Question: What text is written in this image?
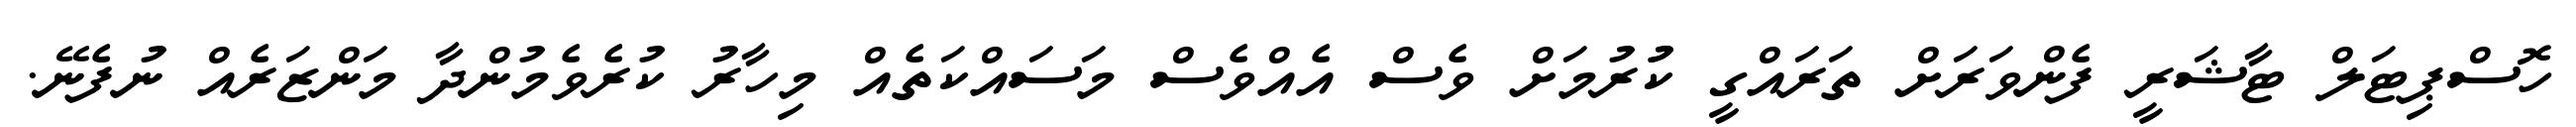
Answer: ހޮސްޕިޓަލް ޓާޝަރީ ފެންވަރަށް ތަރައްގީ ކުުރުމަށް ވެސް އެއްވެސް މަސައްކަތެއް މިހާރު ކުރެވެމުންދާ މަންޒަރެއް ނުފެނޭ.